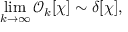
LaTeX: \operatorname * { l i m } _ { k \to \infty } { \mathcal O } _ { k } [ \chi ] \sim \delta [ \chi ] ,